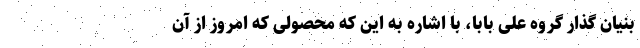
بنیان گذار گروه علی بابا، با اشاره به این که محصولی که امروز از آن